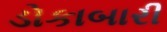
ડોકાબારી